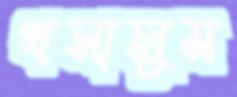
খসালুম